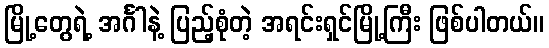
မြို့တွေရဲ့ အင်္ဂါနဲ့ ပြည့်စုံတဲ့ အရင်းရှင်မြို့ကြီး ဖြစ်ပါတယ်။